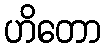
ဟိတော